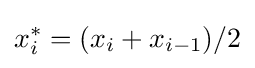
x_{i}^{*}=(x_{i}+x_{i-1})/2